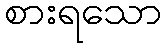
စားရသော